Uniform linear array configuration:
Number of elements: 64
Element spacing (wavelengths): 0.5
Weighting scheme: blackman
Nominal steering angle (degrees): -45
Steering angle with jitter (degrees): -45.967
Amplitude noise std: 0.05
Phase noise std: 0.05

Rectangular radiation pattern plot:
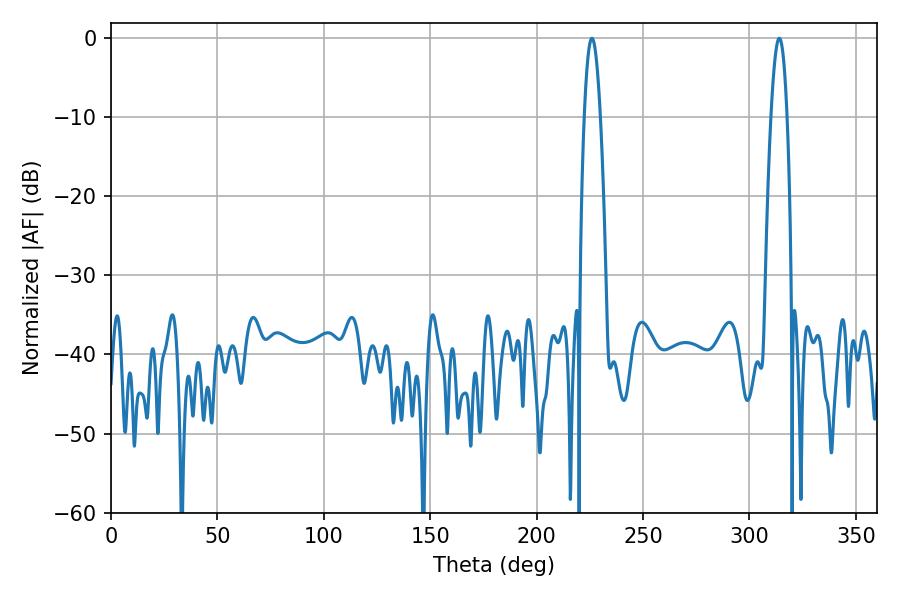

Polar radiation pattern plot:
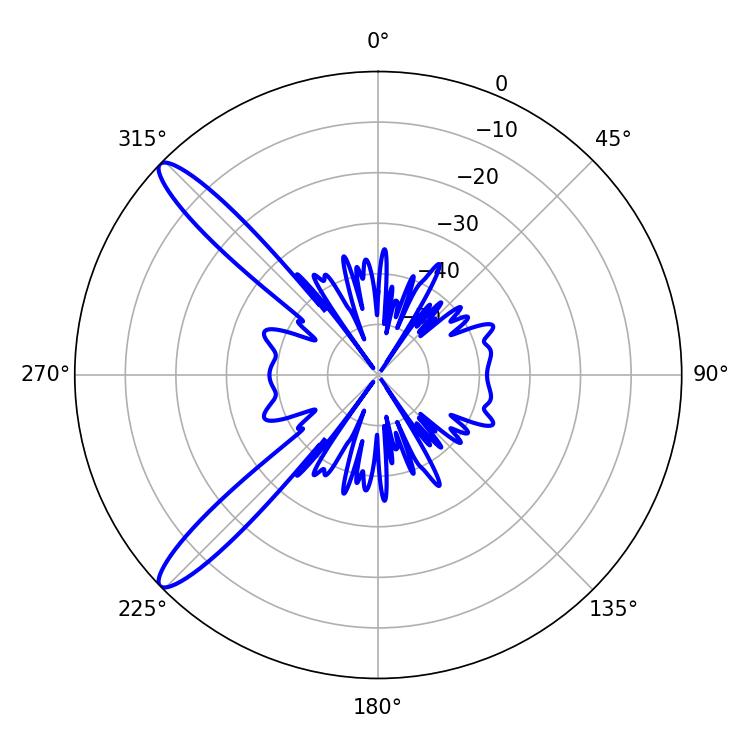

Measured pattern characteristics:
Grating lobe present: FALSE
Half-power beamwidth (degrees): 4.14
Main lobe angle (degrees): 225.9